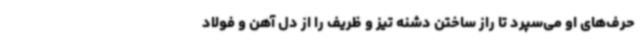
حرف‌های او می‌سپرد تا راز ساختن دشنه تیز و ظریف را از دل آهن و فولاد